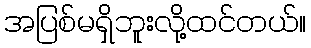
အပြစ်မရှိဘူးလို့ထင်တယ်။